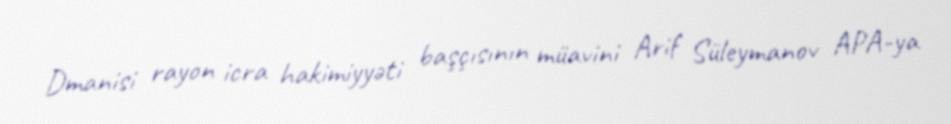
Dmanisi rayon icra hakimiyyəti başçısının müavini Arif Süleymanov APA-ya